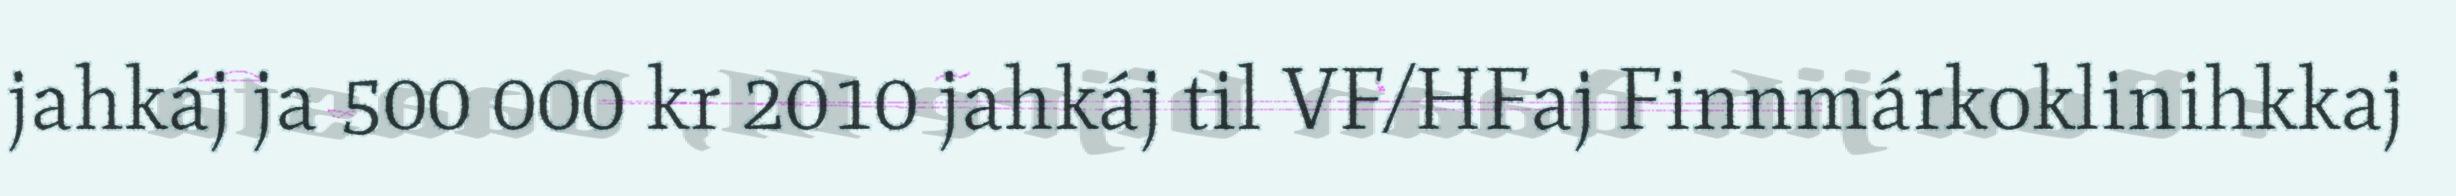
jahkáj ja 500 000 kr 2010 jahkáj til VF/HFaj Finnmárkoklinihkkaj